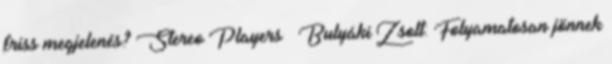
friss megjelenés? Stereo Players – Bulyáki Zsolt: Folyamatosan jönnek